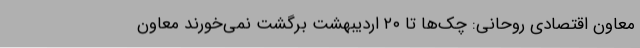
معاون اقتصادی روحانی: چک‌ها تا ۲۰ اردیبهشت برگشت نمی‌خورند معاون